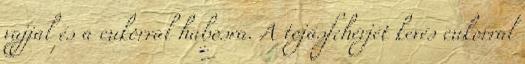
vajjal és a cukorral habosra. A tojásfehérjét kevés cukorral